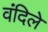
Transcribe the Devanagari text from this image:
वंदिले